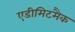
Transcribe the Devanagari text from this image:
एडीमिटमैक